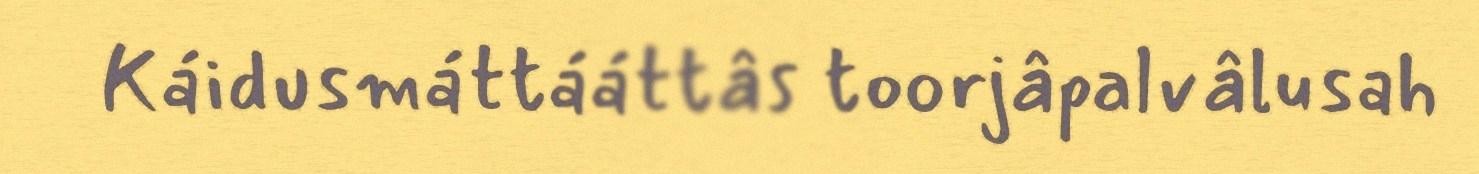
Káidusmáttááttâs toorjâpalvâlusah